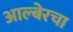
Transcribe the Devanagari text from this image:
आल्बेरचा